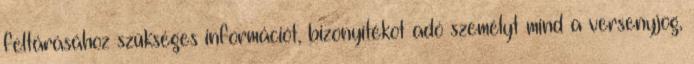
feltárásához szükséges információt, bizonyítékot adó személyt mind a versenyjog,